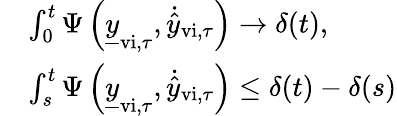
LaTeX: \begin{array}{rl}&{\int_{0}^{t}\Psi\left(\underline{{y}}_{\mathrm{vi},\tau},\dot{\hat{y}}_{\mathrm{vi},\tau}\right)\rightarrow\delta(t),}\\ &{\int_{s}^{t}\Psi\left(\underline{{y}}_{\mathrm{vi},\tau},\dot{\hat{y}}_{\mathrm{vi},\tau}\right)\leq\delta(t)-\delta(s)}\end{array}